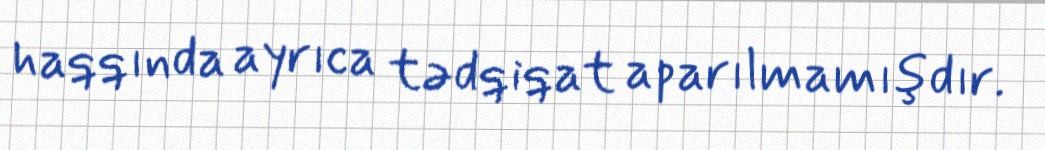
haqqında ayrıca tədqiqat aparılmamışdır.